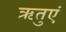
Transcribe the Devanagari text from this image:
ॠतुएं